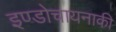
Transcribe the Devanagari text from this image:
इण्डोचायनाकी